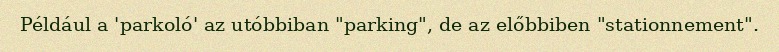
Például a 'parkoló' az utóbbiban "parking", de az előbbiben "stationnement".